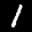
Label: 1